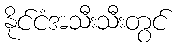
နိုင်ငံအသီးသီးတွင်